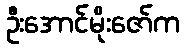
ဦးအောင်မိုးဇော်က